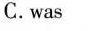
C.was